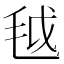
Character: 𱥟